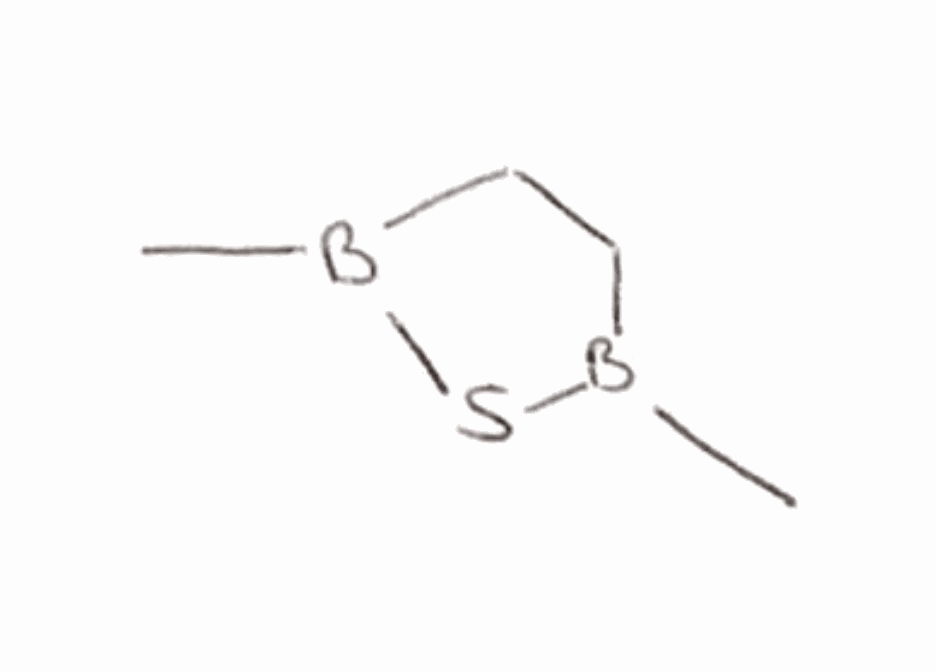
Simplified molecular-input line-entry system (SMILES) notation of the given molecule:
B1(CCB(S1)C)C